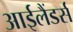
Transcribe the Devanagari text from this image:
आईलैंडर्स